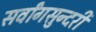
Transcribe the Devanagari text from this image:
सर्वांगसुन्दरी